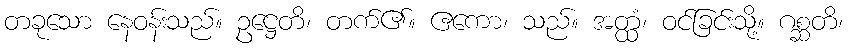
တခုသော နေဝန်းသည်။ ဥဋ္ဌေတိ၊ တက်၏။ ဧကော၊ သည်။ အတ္ထံ၊ ဝင်ခြင်းသို့။ ဂစ္ဆတိ၊